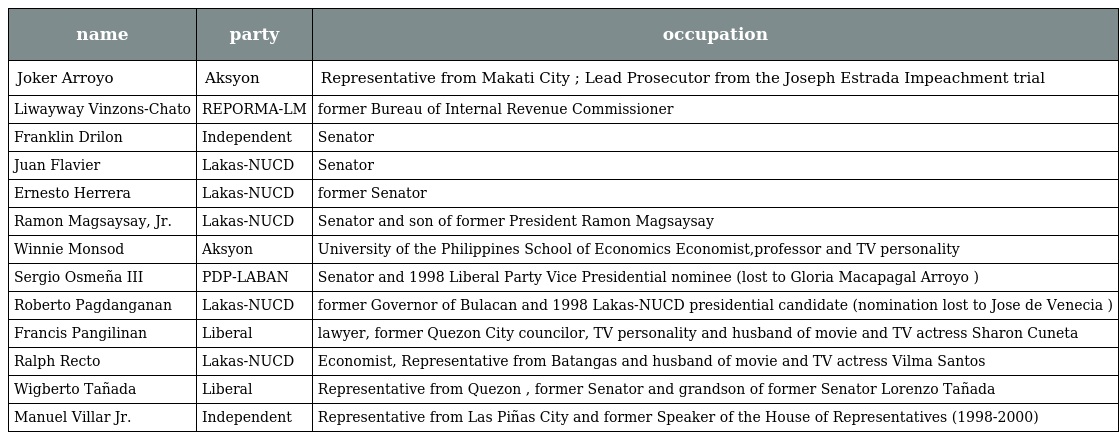
| name | party | occupation |
 | --- | --- | --- |
 | Joker Arroyo | Aksyon | Representative from Makati City ; Lead Prosecutor from the Joseph Estrada Impeachment trial |
 | Liwayway Vinzons-Chato | REPORMA-LM | former Bureau of Internal Revenue Commissioner |
 | Franklin Drilon | Independent | Senator |
 | Juan Flavier | Lakas-NUCD | Senator |
 | Ernesto Herrera | Lakas-NUCD | former Senator |
 | Ramon Magsaysay, Jr. | Lakas-NUCD | Senator and son of former President Ramon Magsaysay |
 | Winnie Monsod | Aksyon | University of the Philippines School of Economics Economist,professor and TV personality |
 | Sergio Osmeña III | PDP-LABAN | Senator and 1998 Liberal Party Vice Presidential nominee (lost to Gloria Macapagal Arroyo ) |
 | Roberto Pagdanganan | Lakas-NUCD | former Governor of Bulacan and 1998 Lakas-NUCD presidential candidate (nomination lost to Jose de Venecia ) |
 | Francis Pangilinan | Liberal | lawyer, former Quezon City councilor, TV personality and husband of movie and TV actress Sharon Cuneta |
 | Ralph Recto | Lakas-NUCD | Economist, Representative from Batangas and husband of movie and TV actress Vilma Santos |
 | Wigberto Tañada | Liberal | Representative from Quezon , former Senator and grandson of former Senator Lorenzo Tañada |
 | Manuel Villar Jr. | Independent | Representative from Las Piñas City and former Speaker of the House of Representatives (1998-2000) |